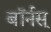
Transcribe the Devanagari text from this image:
बॉर्नस्